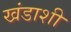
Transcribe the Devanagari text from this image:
खंडाशी